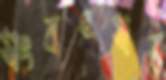
সংবৎসর